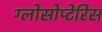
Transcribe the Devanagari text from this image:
ग्लोसोप्टेरिस